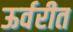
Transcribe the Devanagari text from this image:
ऊर्वरीत